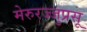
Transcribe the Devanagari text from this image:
मेरुरज्जुप्रसू